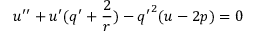
u ^ { \prime \prime } + u ^ { \prime } ( q ^ { \prime } + \frac { 2 } { r } ) - { q ^ { \prime } } ^ { 2 } ( u - 2 p ) = 0